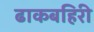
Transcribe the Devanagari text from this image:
ढाकबहिरी